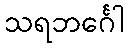
သရဘင်္ဂေါ